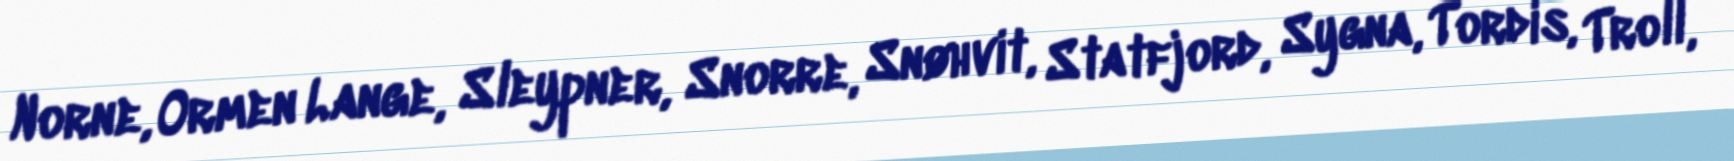
Norne, Ormen Lange, Sleypner, Snorre, Snøhvit, Statfjord, Sygna, Tordis, Troll,